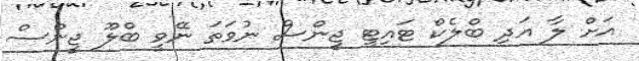
އަށް ލާ އަދި ބްލެކް ޓައިޓީ ޖީންސް ނުވަތަ ނޭވީ ބްލޫ ޖީންސް